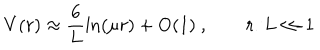
V ( r ) \approx \frac { 6 } { L } \ln ( \mu r ) + \mathrm { O } ( 1 ) \ , \qquad r / L \ll 1